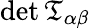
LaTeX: \operatorname*{det}{\mathfrak{T}}_{\alpha\beta}